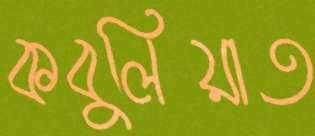
কবুলিয়াত